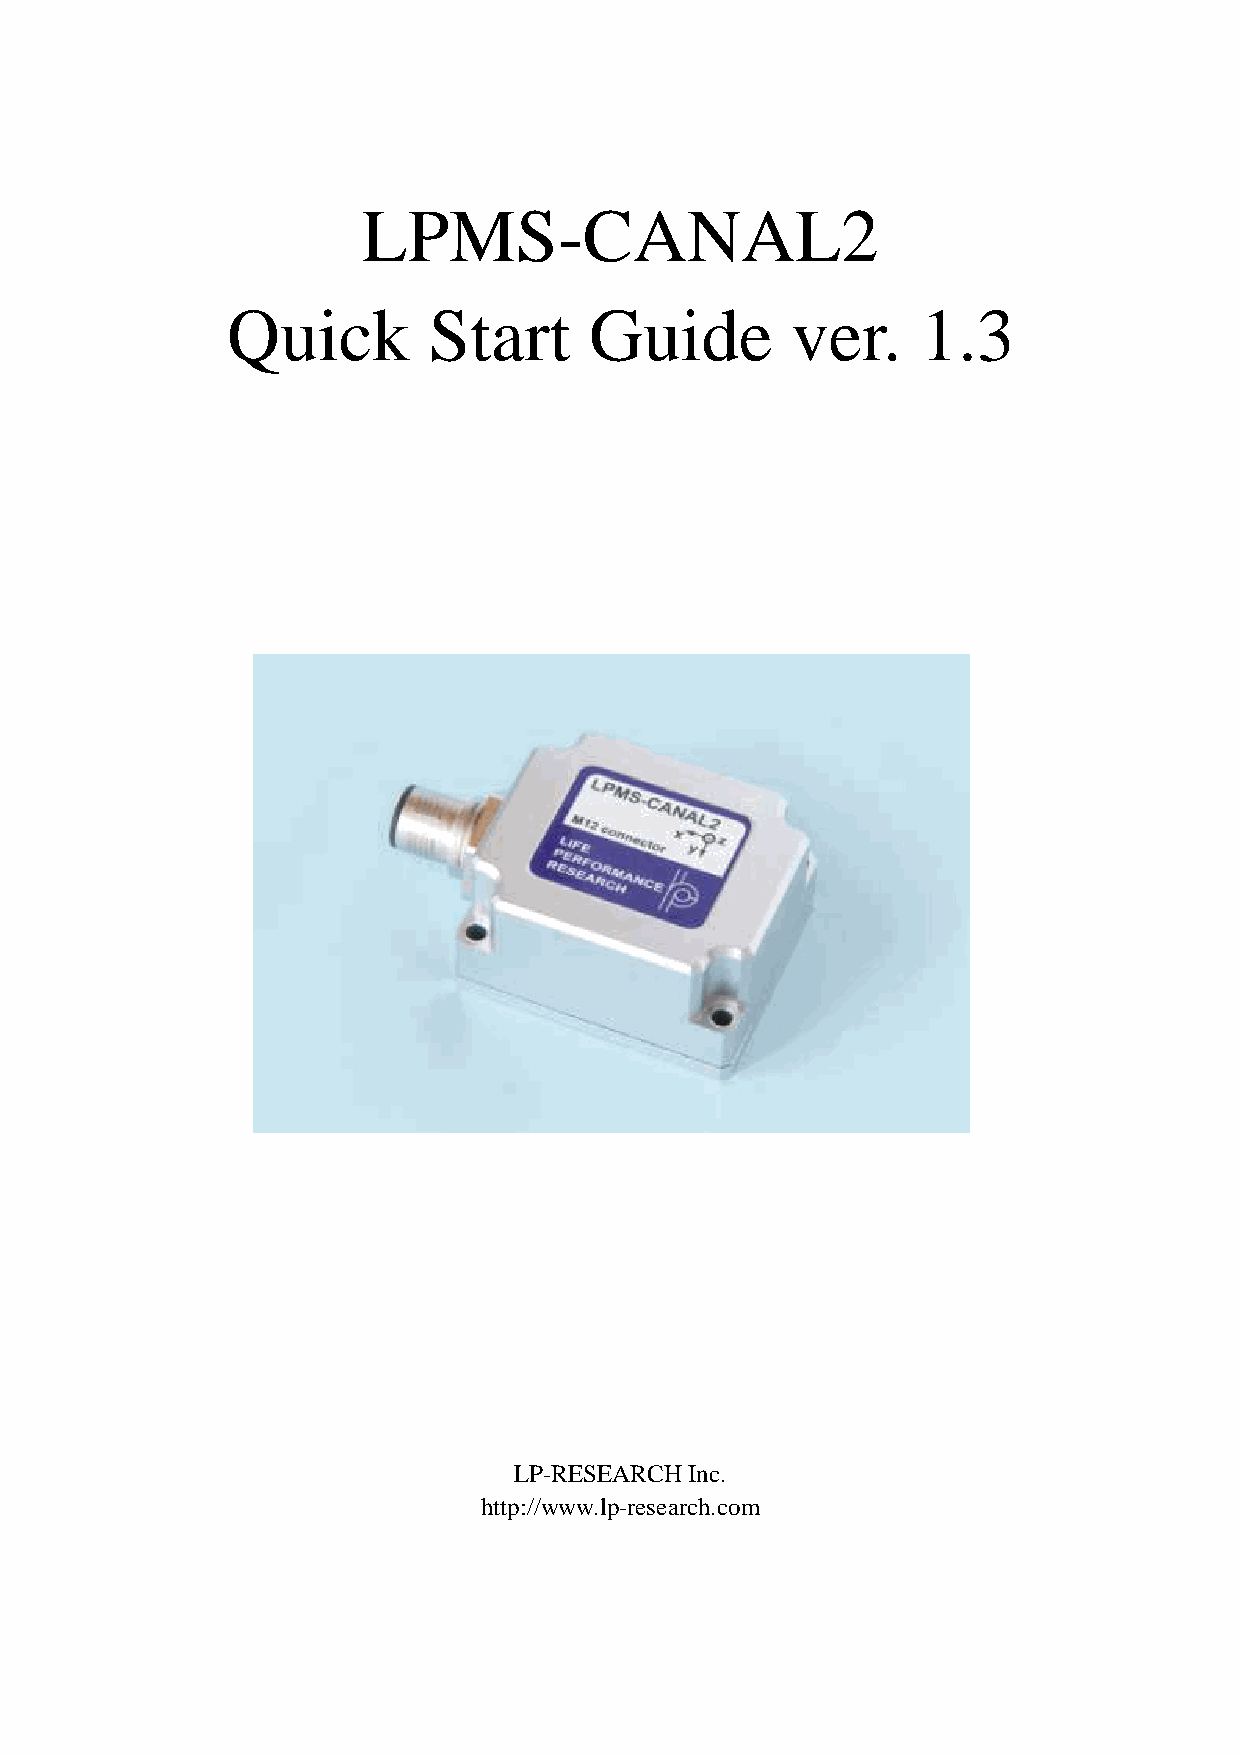
LPMS-CANAL2
 Quick        Start      Guide        ver.     1.3
 LP-RESEARCH Inc.
 http://www.lp-research.com